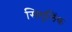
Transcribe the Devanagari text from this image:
सिमुलिंक